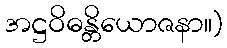
အဋ္ဌဝိဓန္တိယောဇနာ။)